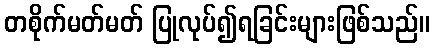
တစိုက်မတ်မတ် ပြုလုပ်၍ရခြင်းများဖြစ်သည်။